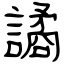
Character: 譎